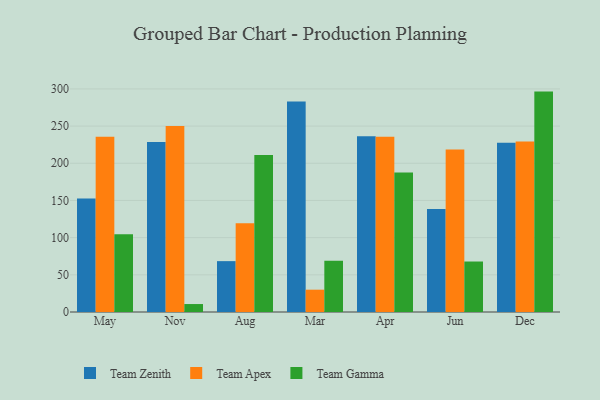
{"axis": {"x": "Month", "y": "Net Income (USD K)"}, "legend": ["Team Apex", "Team Gamma", "Team Zenith"], "data": [{"x": "May", "y": 152.6, "type": "Team Zenith"}, {"x": "May", "y": 235.7, "type": "Team Apex"}, {"x": "May", "y": 104.5, "type": "Team Gamma"}, {"x": "Nov", "y": 228.6, "type": "Team Zenith"}, {"x": "Nov", "y": 250.1, "type": "Team Apex"}, {"x": "Nov", "y": 10.7, "type": "Team Gamma"}, {"x": "Aug", "y": 68.4, "type": "Team Zenith"}, {"x": "Aug", "y": 119.4, "type": "Team Apex"}, {"x": "Aug", "y": 211.3, "type": "Team Gamma"}, {"x": "Mar", "y": 283.2, "type": "Team Zenith"}, {"x": "Mar", "y": 30.0, "type": "Team Apex"}, {"x": "Mar", "y": 69.0, "type": "Team Gamma"}, {"x": "Apr", "y": 236.3, "type": "Team Zenith"}, {"x": "Apr", "y": 235.7, "type": "Team Apex"}, {"x": "Apr", "y": 187.7, "type": "Team Gamma"}, {"x": "Jun", "y": 138.5, "type": "Team Zenith"}, {"x": "Jun", "y": 218.4, "type": "Team Apex"}, {"x": "Jun", "y": 67.9, "type": "Team Gamma"}, {"x": "Dec", "y": 227.7, "type": "Team Zenith"}, {"x": "Dec", "y": 229.4, "type": "Team Apex"}, {"x": "Dec", "y": 296.4, "type": "Team Gamma"}]}